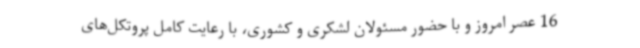
16 عصر امروز و با حضور مسئولان لشکری و کشوری، با رعایت کامل پروتکل‌های